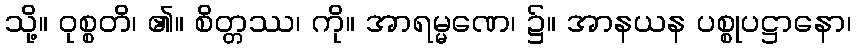
သို့။ ဝုစ္စတိ၊ ၏။ စိတ္တဿ၊ ကို။ အာရမ္မဏေ၊ ၌။ အာနယန ပစ္စုပဋ္ဌာနော၊